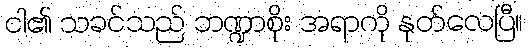
ငါ၏ သခင်သည် ဘဏ္ဍာစိုး အရာကို နုတ်လေပြီ။